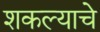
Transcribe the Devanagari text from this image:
शकल्याचे